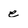
Character: e